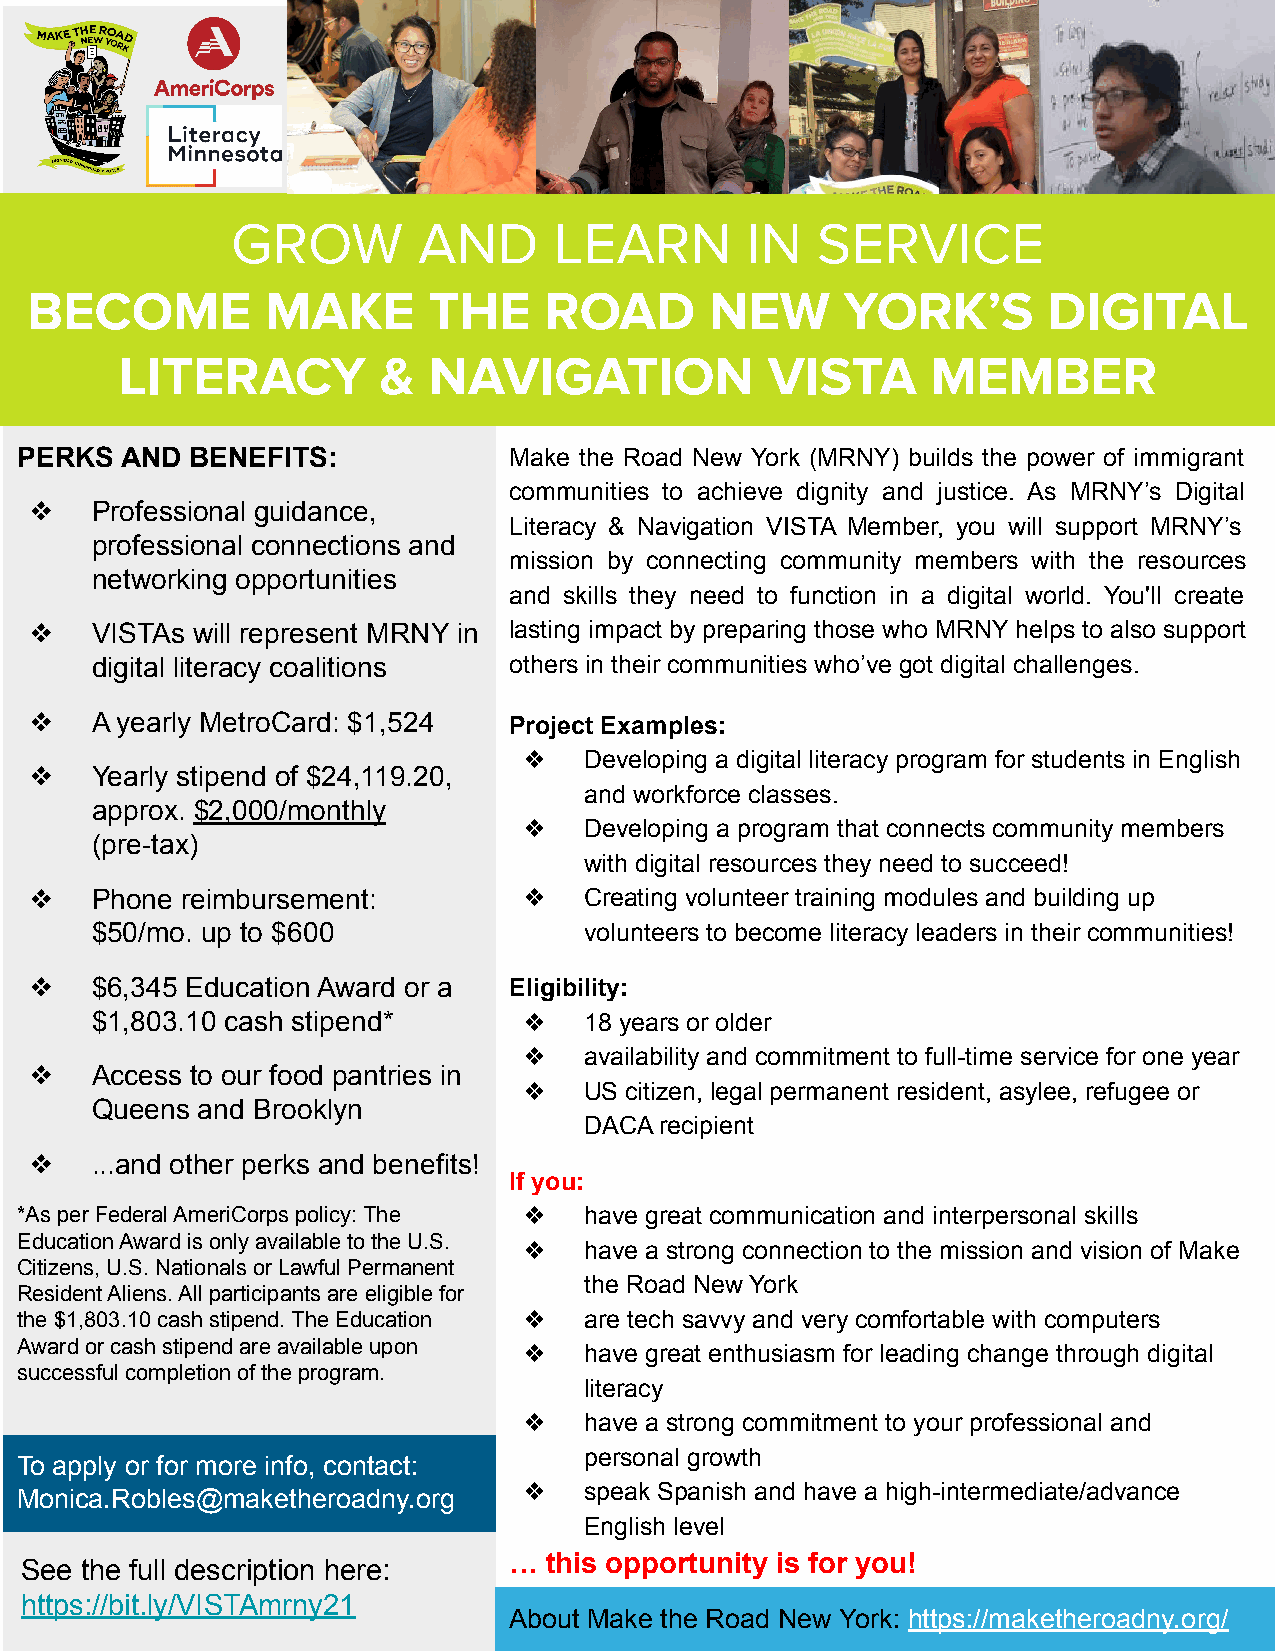
GROW         AND      LEARN       IN   SERVICE
 BECOME          MAKE      THE     ROAD       NEW      YORK’S       DIGITAL
 LITERACY         &  NAVIGATION             VISTA      MEMBER
 PERKS  AND  BENEFITS:            Make the Road New York (MRNY) builds the power of immigrant
 communities to achieve dignity and justice. As MRNY’s Digital
 ❖   Professional guidance,
 Literacy & Navigation VISTA Member, you will support MRNY’s
 professional connections and
 mission by connecting community members with the resources
 networking opportunities
 and skills they need to function in a digital world. You'll create
 ❖   VISTAs will represent MRNY in lasting impact by preparing those who MRNY helps to also support
 digital literacy coalitions others in their communities who’ve got digital challenges.
 ❖   A yearly MetroCard: $1,524  Project Examples:
 ❖   Developing a digital literacy program for students in English
 ❖   Yearly stipend of $24,119.20,
 and workforce classes.
 approx. $2,000/monthly
 ❖   Developing a program that connects community members
 (pre-tax)
 with digital resources they need to succeed!
 ❖   Phone reimbursement:         ❖   Creating volunteer training modules and building up
 $50/mo. up to $600               volunteers to become literacy leaders in their communities!
 ❖   $6,345 Education Award or a Eligibility:
 $1,803.10 cash stipend*      ❖   18 years or older
 ❖   availability and commitment to full-time service for one year
 ❖   Access to our food pantries in
 ❖   US citizen, legal permanent resident, asylee, refugee or
 Queens and Brooklyn
 DACA recipient
 ❖   ...and other perks and benefits!
 If you:
 *As per Federal AmeriCorps policy: The ❖ have great communication and interpersonal skills
 Education Award is only available to the U.S. ❖ have a strong connection to the mission and vision of Make
 Citizens, U.S. Nationals or Lawful Permanent
 the Road New York
 Resident Aliens. All participants are eligible for
 the $1,803.10 cash stipend. The Education ❖ are tech savvy and very comfortable with computers
 Award or cash stipend are available upon ❖ have great enthusiasm for leading change through digital
 successful completion of the program.
 literacy
 ❖   have a strong commitment to your professional and
 personal growth
 To apply or for more info, contact:
 Monica.Robles@maketheroadny.org   ❖   speak Spanish and have a high-intermediate/advance
 English level
 See the full description here:   … this opportunity is for you!
 https://bit.ly/VISTAmrny21
 About Make the Road New York: https://maketheroadny.org/